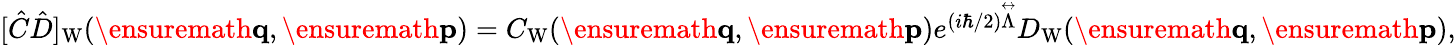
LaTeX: \begin{array}{r}{[\hat{C}\hat{D}]_{\mathrm{W}}(\ensuremath{\mathbf{q}},\ensuremath{\mathbf{p}})=C_{\mathrm{W}}(\ensuremath{\mathbf{q}},\ensuremath{\mathbf{p}})e^{(i\hbar/2)\overset\leftrightarrow{\Lambda}}D_{\mathrm{W}}(\ensuremath{\mathbf{q}},\ensuremath{\mathbf{p}}),}\end{array}